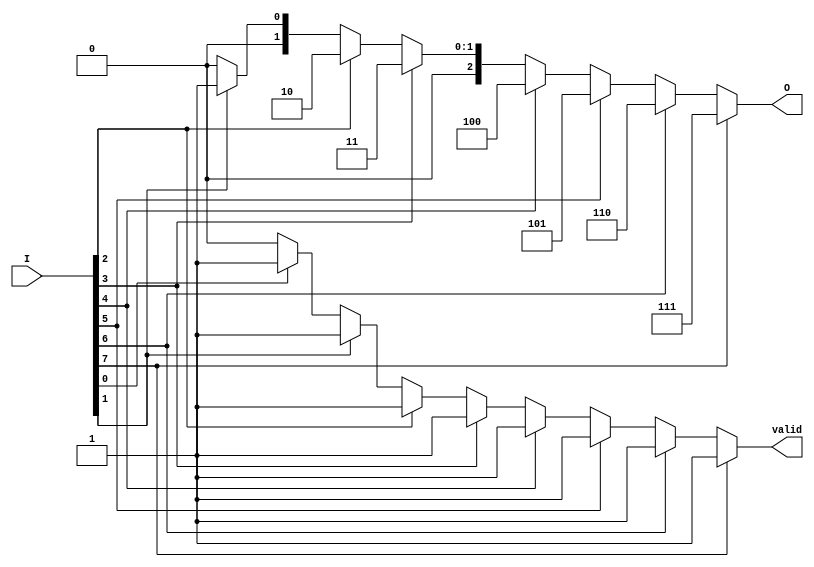
module encoder_8to3 (
    input  wire [7:0] I,      // 8 input lines
    output reg  [2:0] O,      // 3 output lines
    output reg  valid          // valid output signal
);

// Combinational logic for encoding
always @(*) begin
    // Default values
    O = 3'b000;
    valid = 1'b0;

    // Priority encoding based on the highest active input
    if (I[7]) begin
        O = 3'b111; // If I[7] is high
        valid = 1'b1;
    end else if (I[6]) begin
        O = 3'b110; // If I[6] is high
        valid = 1'b1;        
    end else if (I[5]) begin
        O = 3'b101; // If I[5] is high
        valid = 1'b1;        
    end else if (I[4]) begin
        O = 3'b100; // If I[4] is high
        valid = 1'b1;        
    end else if (I[3]) begin
        O = 3'b011; // If I[3] is high
        valid = 1'b1;        
    end else if (I[2]) begin
        O = 3'b010; // If I[2] is high
        valid = 1'b1;        
    end else if (I[1]) begin
        O = 3'b001; // If I[1] is high
        valid = 1'b1;        
    end else if (I[0]) begin
        O = 3'b000; // If I[0] is high
        valid = 1'b1;        
    end
end

endmodule